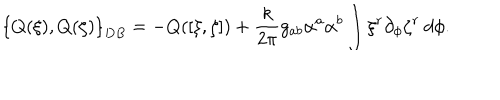
LaTeX: \left\{ Q ( \xi ) , Q ( \zeta ) \right\} _ { D B } = - Q ( [ \xi , \zeta ] ) + { \frac { k } { 2 \pi } } g _ { a b } \alpha ^ { a } \alpha ^ { b } \int \xi ^ { r } \partial _ { \phi } \zeta ^ { r } \: d \phi .